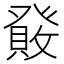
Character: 𤼹